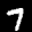
Label: 7